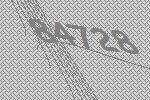
84728